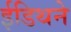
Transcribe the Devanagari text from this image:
ईडिथने